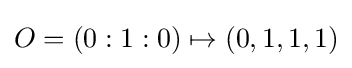
O=(0:1:0)\mapsto (0,1,1,1)